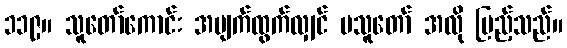
၁၁၉။ သူတော်ကောင်း အမျက်ထွက်လျှင် မသူတော် အလို ပြည့်သည်။